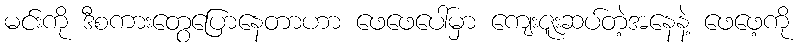
မင်းကို ဒီစကားတွေပြောနေတာဟာ ဖေဖေပေါ်မှာ ကျေးဇူးဆပ်တဲ့အနေနဲ့ ဖေဖေ့ကို